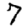
Digit: 7